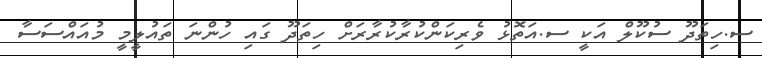
ސ.ހިތަދޫ ސުކޫލް އަކީ ސ.އަތޮޅު ވެރިކަންކުރާކުރާރަށް ހިތަދޫ ގައި ހުންނަ ތައުލީމީ މުއައްސަސާ